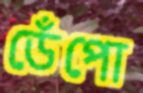
ডেঁপো